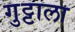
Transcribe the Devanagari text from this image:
गुट्टाला